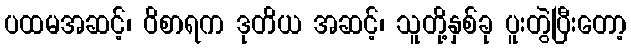
ပထမအဆင့်၊ ဝိစာရက ဒုတိယ အဆင့်၊ သူတို့နှစ်ခု ပူးတွဲပြီးတော့